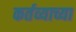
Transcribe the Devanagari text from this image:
कर्तव्याच्या